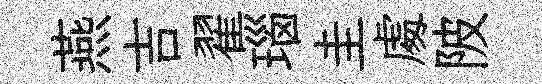
燕吉翟瑙圭䖏陂